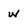
Character: W